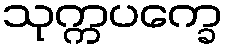
သုက္ကပက္ခေ